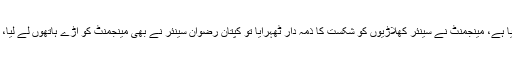
تفصیلات کے مطابق ہاکی ورلڈ کپ میں ناکامی کے بعد بلیم گیم شروع ہوگیا ہے، مینجمنٹ نے سینئر کھلاڑیوں کو شکست کا ذمہ دار ٹھہرایا تو کپتان رضوان سینئر نے بھی مینجمنٹ کو آڑے ہاتھوں لے لیا، ٹیم کے گول کیپر عمران بٹ نے دلبرداشتہ ہوکر ریٹائرمنٹ کا اعلان کردیا۔